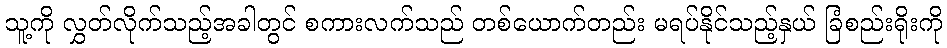
သူ့ကို လွှတ်လိုက်သည့်အခါတွင် စကားလက်သည် တစ်ယောက်တည်း မရပ်နိုင်သည့်နှယ် ခြံစည်းရိုးကို